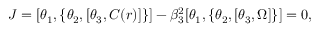
J = [ \theta _ { 1 } , \{ \theta _ { 2 } , [ \theta _ { 3 } , C ( r ) ] \} ] - \beta _ { 3 } ^ { 2 } [ \theta _ { 1 } , \{ \theta _ { 2 } , [ \theta _ { 3 } , \Omega ] \} ] = 0 ,